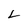
Character: L